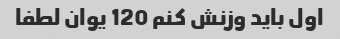
اول باید وزنش کنم 120 یوان لطفا